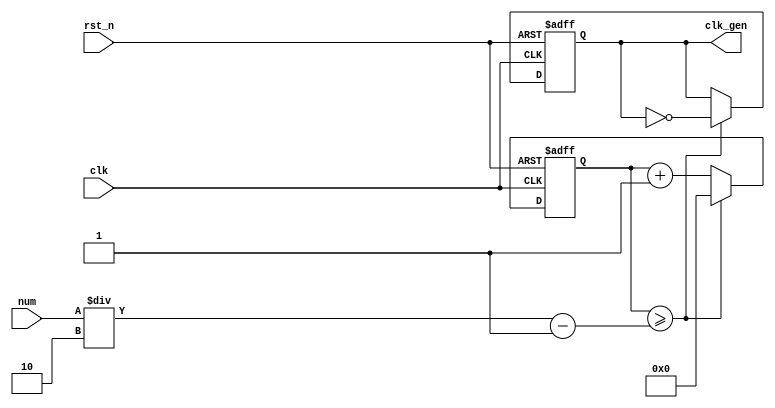
// ---------------------------------------------------------
//             digital clock v2
// Assignment: week6 practice P
// Course: practice in digital logic design
// clock (min:sec), changing mode ok
// --------------------- list ---------------------
// 1. NCO (1M Hz) << week5 P1
// 2. 0~59 Counter << week5 P1
// 3. NCO_CNT (0~59 sec) << week5 P1
// 4. double figure separate ( tens digit / units digits ) << week5 P1
// 5. FND decoder << week5 P1
// 6. LED display << week5 P1
// PA: HMS counter (Hour, Minute, Second each counter)
// PB: Hour, Minute, Second total counter
// PC: Controller for sec_clk, min_clk & mode/position
// PD: Top module 
// ---------------------------------------------------------

// ------------------------------------------------
// NCO (1MHz)
// ------------------------------------------------
module nco ( clk_gen, num, clk, rst_n );

output		clk_gen	;
input	[31:0]	num	;
input		clk	;
input		rst_n	;

reg	[31:0]	cnt	;
reg		clk_gen	;

always	@(posedge clk or negedge rst_n) begin
	if (rst_n == 1'b0) begin // reset
		cnt	<= 32'd0;
		clk_gen	<= 1'd0	;
	end else begin
		if (cnt >= num/2-1) begin
			cnt	<= 32'd0	;
			clk_gen	<= ~clk_gen	;
		end else begin
			cnt	<= cnt + 1'b1	;
		end
	end
end
endmodule

// ------------------------------------------------
// 0~59 Counter
// ------------------------------------------------

module cnt60( out, clk, rst_n );

output	[5:0]	out	;
input		clk	;
input		rst_n	;
reg	[5:0]	out	;

always 	@(posedge clk or negedge rst_n) begin
	if (rst_n == 1'b0) begin
		out <= 6'b0	;
	end else begin
		if (out >= 6'd59) begin
			out <= 6'd0;
		end else begin
			out <= out + 1'b1;
		end
	end
end
endmodule

// ------------------------------------------------
// NCO_CNT ( 0 ~ 59 sec )
// ------------------------------------------------
module nco_cnt ( o_nco_cnt, i_nco_num, clk, rst_n );

output	[5:0]	o_nco_cnt	;
input	[31:0]	i_nco_num	;
input		clk		;
input		rst_n		;
wire		clk_gen		;

nco	nco_1 ( .clk_gen ( clk_gen ), .num ( i_nco_num ), .clk ( clk ), .rst_n ( rst_n ));
cnt60	cnt_1 ( .out ( o_nco_cnt ), .clk ( clk_gen ), .rst_n ( rst_n ));

endmodule

// ---------------------------------------------------------
// double figure separate ( tens digit / units digits )
// ---------------------------------------------------------
module double_fig_sep ( o_left, o_right, i_double_fig );

output	[3:0]	o_left		;
output	[3:0]	o_right		;
input	[5:0]	i_double_fig	;

assign o_left	= i_double_fig / 10	;
assign o_right	= i_double_fig % 10	;

endmodule

// ------------------------------------------------
// FND decoder
// ------------------------------------------------
module	fnd_dec ( o_seg, i_num );

output	[6:0]	o_seg	;	// segment
input	[3:0]	i_num	;	// input number
reg	[6:0]	o_seg	;

always	@(*)	begin
	case (i_num)
		4'b0000 : o_seg = 8'b111_1110;	// 0
		4'b0001 : o_seg = 8'b011_0000;	// 1
		4'b0010 : o_seg = 8'b110_1101;	// 2
		4'b0011 : o_seg = 8'b111_1001;	// 3
		4'b0100 : o_seg = 8'b011_0011;	// 4
		4'b0101 : o_seg = 8'b101_1011;	// 5
		4'b0110 : o_seg = 8'b101_1111;	// 6
		4'b0111 : o_seg = 8'b111_0000;	// 7
		4'b1000 : o_seg = 8'b111_1111;	// 8
		4'b1001 : o_seg = 8'b111_0011;	// 9
		4'b1010 : o_seg = 8'b111_0111;	// A
		4'b1011 : o_seg = 8'b001_1111;	// B
		4'b1100 : o_seg = 8'b100_1110;	// C
		4'b1101 : o_seg = 8'b011_1101;	// D
		4'b1110 : o_seg = 8'b100_1111;	// E
		4'b1111 : o_seg = 8'b100_0111;	// F
		default : o_seg = 8'b000_0000;
	endcase
end
endmodule

// ------------------------------------------------
// LED display
// ------------------------------------------------
module	led_disp ( o_seg, o_seg_dp, o_seg_enb, i_six_digit_seg, i_six_dp, clk, rst_n );

output	[5:0]	o_seg_enb	;	// common cathod
output		o_seg_dp	;	// chosen common cathod's dot
output	[6:0]	o_seg		;	// chosen common cathod's 7 seg

input	[41:0]	i_six_digit_seg	;	// all segment
input	[5:0]	i_six_dp	;	// all dot
input		clk		;
input		rst_n		;

wire		clk_gen		;

// *********************** .o_gen_clk (x), .clk_gen modified (o) ***********************
nco	u_nco ( .clk_gen ( clk_gen ), .num ( 32'd100000 ), .clk ( clk ), .rst_n ( rst_n ));	// num *= 1/100

reg	[3:0]	cnt_common_node	;

always	@(posedge clk_gen or negedge rst_n) begin
	if (rst_n == 1'b0) begin
		cnt_common_node <= 4'd0;
	end else begin
		if (cnt_common_node >= 4'd5) begin // 0~5 counter for common cathod
			cnt_common_node <= 4'd0;
		end else begin
			cnt_common_node <= cnt_common_node + 1'b1;
		end
	end
end

reg	[5:0]	o_seg_enb	;

always	@(cnt_common_node) begin
	case (cnt_common_node)
		4'd0 : o_seg_enb = 6'b111110;
		4'd1 : o_seg_enb = 6'b111101;
		4'd2 : o_seg_enb = 6'b111011;
		4'd3 : o_seg_enb = 6'b110111;
		4'd4 : o_seg_enb = 6'b101111;
		4'd5 : o_seg_enb = 6'b011111;
	endcase
end

reg		o_seg_dp	;

always	@(cnt_common_node) begin
	case (cnt_common_node)
		4'd0 : o_seg_dp = i_six_dp[0];
		4'd1 : o_seg_dp = i_six_dp[1];
		4'd2 : o_seg_dp = i_six_dp[2];
		4'd3 : o_seg_dp = i_six_dp[3];
		4'd4 : o_seg_dp = i_six_dp[4];
		4'd5 : o_seg_dp = i_six_dp[5];
	endcase
end

reg	[6:0]	o_seg		;

always	@(cnt_common_node) begin
	case (cnt_common_node)
		4'd0 : o_seg = i_six_digit_seg[6:0];
		4'd1 : o_seg = i_six_digit_seg[13:7];
		4'd2 : o_seg = i_six_digit_seg[20:14];
		4'd3 : o_seg = i_six_digit_seg[27:21];
		4'd4 : o_seg = i_six_digit_seg[34:28];
		4'd5 : o_seg = i_six_digit_seg[41:35];
	endcase
end

endmodule

// ---------------------------------------------------
// PA: HMS counter (Hour, Minute, Second each counter)
// ---------------------------------------------------
module hms_cnt ( o_hms_cnt, o_max_hit, i_max_cnt, clk, rst_n );

output	[5:0]	o_hms_cnt	;	// 0 ~ 59
output		o_max_hit	;	// carry
input	[5:0]	i_max_cnt	;	// 59(m,s) or 23(h)
input		clk		;
input		rst_n		;

reg	[5:0]	o_hms_cnt	;
reg		o_max_hit	;

always @(posedge clk or negedge rst_n) begin
	if (rst_n == 1'b0) begin
		o_hms_cnt <= 6'd0;
		o_max_hit <= 1'b0;
	end else begin
		if (o_hms_cnt >= i_max_cnt) begin // 59(m,s) or 23(h)
			o_hms_cnt <= 6'd0;
			o_max_hit <= 1'b1;
		end else begin // 0~59
			o_hms_cnt <= o_hms_cnt + 1'b1;
			o_max_hit <= 1'b0;
		end
	end
end
endmodule

// ------------------------------------------------
// PB: Hour, Minute, Second total counter
// ------------------------------------------------
module minsec ( o_sec, o_min, o_max_hit_sec, o_max_hit_min, i_sec_clk, i_min_clk, clk, rst_n );

output	[5:0]	o_sec	;
output	[5:0]	o_min	;
output		o_max_hit_sec	;
output		o_max_hit_min	;
input		i_sec_clk	;
input		i_min_clk	;
input		clk		;
input		rst_n		;

wire		max_hit_sec	;	// why?
wire		max_hit_min	;	// why?
hms_cnt		u0_hms_cnt ( .o_hms_cnt ( o_sec ), .o_max_hit ( o_max_hit_sec ), .i_max_cnt ( 6'd59 ), .clk ( i_sec_clk ), .rst_n ( rst_n ) ); // sec counter
hms_cnt		u1_hms_cnt ( .o_hms_cnt ( o_min ), .o_max_hit ( o_max_hit_min ), .i_max_cnt ( 6'd59 ), .clk ( i_min_clk ), .rst_n ( rst_n ) ); // min counter

endmodule

// ---------------------------------------------------
// PC: Controller for sec_clk, min_clk & mode/position
// ---------------------------------------------------
module controller ( o_mode, o_position, o_min_clk, o_sec_clk, i_sw0, i_sw1, i_sw2, i_max_hit_sec, i_max_hit_min, clk, rst_n );

output		o_mode		;
output		o_position	;
output		o_min_clk	; // No [5:0], since it is just clock purse
output		o_sec_clk	; // No [5:0], since it is just clock purse

input		i_sw0		; // switch 0
input		i_sw1		; // switch 1
input		i_sw2		; // switch 2
input		i_max_hit_sec	;
input		i_max_hit_min	;
input		clk		;
input		rst_n		;

parameter	MODE_CLOCK = 1'b0;
parameter	MODE_SETUP = 1'b1;

parameter	POS_SEC = 1'b0;
parameter	POS_MIN	= 1'b1;

reg		o_mode		;

always	@(posedge i_sw0 or negedge rst_n) begin
	if (rst_n == 1'b0) begin // reset
		o_mode <= MODE_CLOCK;
	end else begin // when pressing button
		o_mode <= o_mode + 1'b1; // changing mode
	end
end

reg		o_position	;

always @(posedge i_sw1 or negedge rst_n) begin
	if (rst_n == 1'b0) begin // reset
		o_position <= POS_SEC;
	end else begin // when pressing button
		if (o_position >= POS_MIN) begin
			o_position <= POS_SEC;
		end else begin
			o_position <= o_position + 1'b1; // changing mode
		end
	end
end

wire		clk_1hz		;	// 1Hz clock
nco		u_nco ( .clk_gen ( clk_1hz ), .num ( 32'd50000000 ), .clk ( clk ), .rst_n ( rst_n ));

reg		o_sec_clk	;
reg		o_min_clk	;

always @(*) begin
	case (o_mode)
		MODE_CLOCK : begin // CLOCK mode
			o_sec_clk = clk_1hz;
			o_min_clk = i_max_hit_sec;
		end
		MODE_SETUP : begin // SETTING mode
			case (o_position)
				POS_SEC : begin // o_sec_clk returns "clk_1Hz" or "~i_sw2" clock
					o_sec_clk = ~i_sw2;
					o_min_clk = 1'b0; // posedge o_sec_clk >> sec++;
				end
				POS_MIN : begin // o_min_clk returns "clk_1Hz" or "~i_sw2" clock
					o_sec_clk = 1'b0;
					o_min_clk = ~i_sw2; // posedge o_min_clk >> min++;
				end
			endcase
		end
	endcase
end

endmodule

// ---------------------------------------------------
// PD: Top module 
// ---------------------------------------------------
module top_hms_clock ( o_seg, o_seg_dp, o_seg_enb, i_sw0, i_sw1, i_sw2, clk, rst_n );

output	[6:0]	o_seg		;
output		o_seg_dp	;
output	[5:0]	o_seg_enb	;

input		i_sw0		;
input		i_sw1		;
input		i_sw2		;
input		clk		;
input		rst_n		;

wire		mode		;
wire		position	;
wire		min_clk		;
wire		sec_clk		;
wire		max_hit_sec	;	// controller's input
wire		max_hit_min	;	// controller's input

controller 	u_ctrl ( .o_mode ( mode ), .o_position ( position ), .o_min_clk ( min_clk ), .o_sec_clk ( sec_clk ), .i_sw0 ( i_sw0 ) , .i_sw1 ( i_sw1 ), .i_sw2 ( i_sw2 ), .i_max_hit_sec ( max_hit_sec ) , .i_max_hit_min ( max_hit_min ), .clk ( clk ), .rst_n ( rst_n ) );

wire	[5:0]	sec		;
wire	[5:0]	min		;

minsec 		u_minsec ( .o_sec ( sec ), .o_min ( min ), .o_max_hit_sec ( max_hit_sec ), .o_max_hit_min ( max_hit_min ), .i_sec_clk ( sec_clk ), .i_min_clk ( min_clk ), .clk ( clk ), .rst_n ( rst_n ));

wire	[3:0]	sec_left	;
wire	[3:0]	sec_right	;
wire	[3:0]	min_left	;
wire	[3:0]	min_right	;

double_fig_sep	u0_dfs ( .o_left ( sec_left ), .o_right ( sec_right ), .i_double_fig ( sec ) ) ;
double_fig_sep	u1_dfs ( .o_left ( min_left ), .o_right ( min_right ), .i_double_fig ( min ) ) ;

wire	[6:0]	sec_left_seg	;
wire	[6:0]	sec_right_seg	;
wire	[6:0]	min_left_seg	;
wire	[6:0]	min_right_seg	;

fnd_dec		u0_fun_dec( .o_seg( sec_left_seg ), .i_num( sec_left ) );
fnd_dec		u1_fun_dec( .o_seg( sec_right_seg ), .i_num( sec_right ) );
fnd_dec		u2_fun_dec( .o_seg( min_left_seg ), .i_num( min_left ) );
fnd_dec		u3_fun_dec( .o_seg( min_right_seg ), .i_num( min_right ) );

wire	[41:0]	six_digit_seg	;
assign		six_digit_seg = { {2{7'd0}}, min_left_seg, min_right_seg, sec_left_seg, sec_right_seg };

led_disp	u_led_disp ( .o_seg ( o_seg ), .o_seg_dp ( o_seg_dp ) , .o_seg_enb ( o_seg_enb ), .i_six_digit_seg( six_digit_seg ), .i_six_dp ( 6'd0 ), .clk ( clk ), .rst_n ( rst_n ));

endmodule